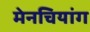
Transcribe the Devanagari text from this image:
मेनचियांग